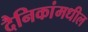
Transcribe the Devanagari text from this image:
दैनिकांमधील